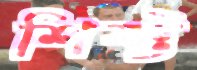
শিফ্ট